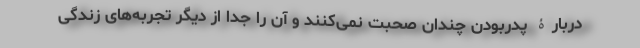
دربارۀ پدربودن چندان صحبت نمی‌کنند و آن را جدا از دیگر تجربه‌های زندگی